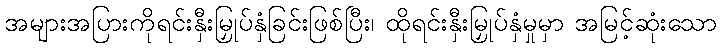
အများအပြားကိုရင်းနှီးမြှုပ်နှံခြင်းဖြစ်ပြီး၊ ထိုရင်းနှီးမြှုပ်နှံမှုမှာ အမြင့်ဆုံးသော